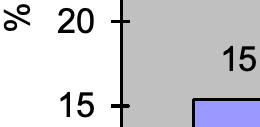
% 20 15 15